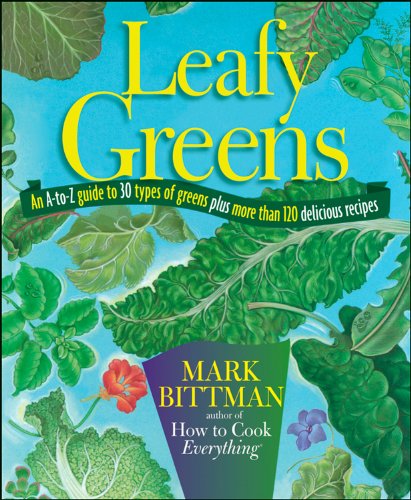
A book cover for Leafy Greens: An A-to-Z Guide to 30 Types of Greens Plus More than 120 Delicious Recipes; Mark Bittman; Cookbooks, Food & Wine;